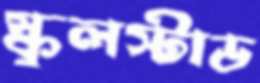
স্কুলস্টাড